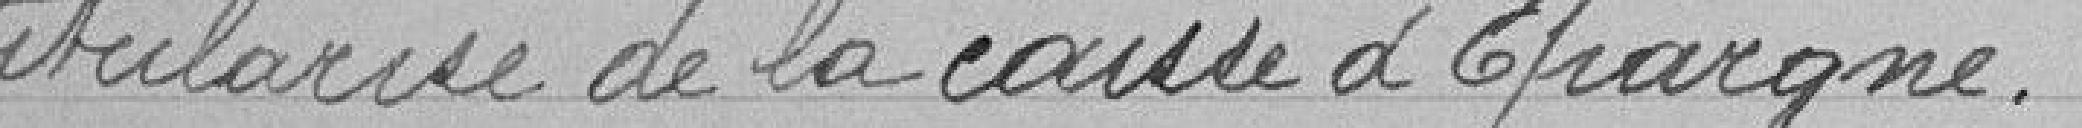
titularisé de la Caisse d'Epargne.